Report on vaccination in Madras 1922-1929 - 1922-1929
Year: 1922
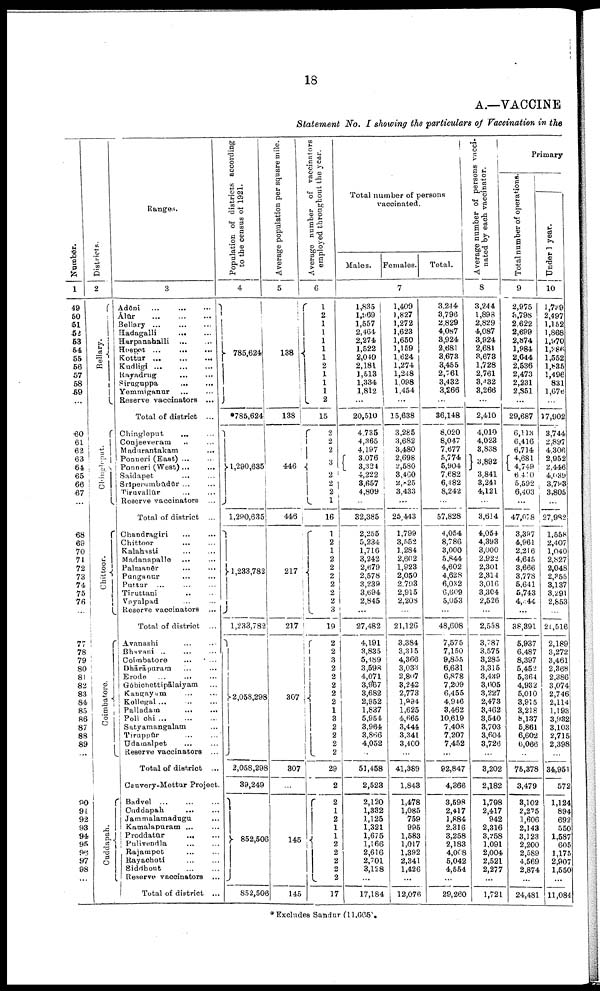
18
A.—VACCINE
Statement No. I showing the particulars of Vaccination in the
Number.
1
49
50
51
52
53
54
55
56
57
58
59
...
60
61
62
63
64
65
66
67
68
69
70
71
72
73
74
75
76
77
78
79
80
81
82
83
84
85
86
87
88
89
...
90
91
92
93
94
95
96
97
98
...
Districts.
2
Bellary.
Chinglput.
Chittoor.
Coimbatore.
Cuddapah.
Ranges.
3
Adōni ... ... ...
Ālūr
...
...
...
Bellary
...
...
...
Hadagalli
...
...
Harpanahalli
...
...
Hospet ...
...
...
Kottur
...
...
...
Kudligi
...
...
...
Rayadrug
...
...
Siruguppa
...
...
Yemmiganur ... ...
Reserve vaccinators ...
Total of district ...
Chingleput
...
...
Conjeeveram ... ...
Madurantakatn
...
Ponneri (East)
...
Ponneri (West)...
...
Saidapet ... ...
Srīperumbūdūr ... ...
Tiruvallūr ... ...
Reserve vaccinators ...
Total of district ...
Chandragiri ... ...
Chittoor ... ...
Kalahasti ... ...
Madanapalle ... ...
Palmanēr
...
...
Punganur ... ...
Puttur ...
...
...
Tiruttani ... ...
Vayalpad ... ...
Reserve vaccinators ...
Total of district ...
Avanashi ... ...
Bhavani ... ...
Coimbatore ... ...
Dhārāpuram ... ...
Erode
...
...
...
Gōbichettipālaiyam ...
Kangayam
...
...
Kollegal ... ...
Palladam
...
...
Pollachi
...
...
...
Satyamangalam ...
Tiruppūr ... ...
Udamalpet ... ...
Reserve vaccinators ...
Total of district ...
Cauvery-Mettur Project.
Badvel
...
...
...
Cuddapah
...
...
Jammalamadugu ...
Kamalapuram ... ...
Proddatūr
...
...
Pulivendla
...
...
Rajampet ... ...
Rayachoti
...
...
Siddhout ... ...
Reserve vaccinators ...
Total of district ...
Population of districts according
to the census of 1921.
4
785,624
*785,624
1,290,635
1,290,635
1,233,782
1,233,782
2,058,298
2,058,298
39,249
852,506
852,506
Average population per square mile.
5
138
138
446
446
217
217
307
307
...
145
145
Average number of vaccinators
employed throughout the year.
6
1
2
1
1
1
1
1
2
1
1
1
2
15
2
2
2
3
2 2
2
1
16
1
2
1
2
2
2
2
2
2 3
19
2
2
3 2
2
2
2
2
1
3
2
2
2
2
29
2
2
1
2
1
1
2
2
2
2
2
17
Total number of persons
vaccinated.
Males. Females.
Total.
7
1,835
1,969
1,557
2,464
2,274
1,522
2,049
2,181
1,513
1,334
1,812
...
20,510
4,735
4,365
4,197
3,076
3,324
4,222
3,657
4,809
...
32,385
2,255
5,234
1,716
3,242
2,679
2,578
3,239
3,694
2,845
...
27,482
4,191
3,835
5,489
3,598
4,071
3,967
3,682
2,952
1,837
5,954
3,964
3,866
4,052
...
51,458
2,523
2,120
1,332
1,125
1,321
1,675
1,166
2,616
2,701
3,128
...
17,184
1,409
1,827
1,272
1,623
1,650
1,159
1,624
1,274
1,248
1,098
1,454
...
15,638
3,285
3,682
3,480
2,698
2,580
3,460
2,825
3,433
...
25,443
1,799
3,552
1,284
2,602
1,923
2,050
2,793
2,915
2,208
...
21,126
3,384
3,315
4,366
3,033
2,807
3,242
2,773
1,994
1,625
4,665
3,444
3,341
3,400
...
41,389
1,843
1,478
1,085
759
995
1,583
1,017
1,392
2,341
1,426
...
12,076
3,244
3,796
2,829
4,087
3,924
2,681
3,673
3,455
2,761
3,432
3,266
...
36,148
8,020
8,047
7,677
5,774
5,904
7,682
6,482
8,242
...
57,828
4,054
8,786
3,000
5,844
4,602
4,628
6,032
6,609
5,053
...
48,608
7,575
7,150
9,855
6,631
6,878
7,209
6,455
4,946
3,462
10,619
7,408
7,207
7,452
...
92,847
4,366
3,598
2,417
1,884
2,316
3,258
2,183
4,008
5,042
4,554
...
29,260
Average number of persons vacci
nated by each vaccinator.
8
3,244
1,898
2,829
4,087
3,924
2,681
3,673
1,728
2,761
3,432
3,266
...
2,410
4,010
4,023
3,838
3,892
3,841
3,241
4,121
...
3,614
4,054
4,393
3,000
2,922
2,301
2,314
3,016
3,304
2,526
...
2,558
3,787
3,575
3,285
3,315
3,439
3,605
3,227
2,473
3,462
3,540
3,703
3,604
3,726
...
3,202
2,182
1,798
2,417
942
2,316
3,258
1,091
2,004
2,521
2,277
...
1,721
Primary
Total number of operations.
9
2,975
3,798
2,622
2,699
2,874
1,984
2,644
2,536
2,473
2,231
2,851
...
29,687
6,113
6,416
6,714
4,681
4,749
6,410
5,592
6,403
...
47,078
3,397
4,961
2,216
4,645
3,666
3,778
6,641
5,743
4,044
...
38,391
5,937
6,487
8,397
5,452
5,364
4,932
5,010
3,915
3,218
8,137
5,861
6,602
6,066
...
75,378
3,479
3,102
2,275
1,606
2,143
3,123
2,200
2,589
4,569
2,874
...
24,481
Under 1 year.
10
1,739
2,497
1,152
1,868
1,970
1,286
1,552
1,835
1,496
831
1,676
...
17,902
3,744
2,897
4,306
2,952
2,446
4,039
3,793
3,805
...
27,982
1,558
2,407
1,040
2,827
2,048
2,355
3,137
3,291
2,853
...
21,516
2,189
3,272
3,461
2,368
2,386
3,074
2,746
2,114
1,193
3,932
3,103
2,715
2,398
...
34,951
572
1,124
894
692
550
1,587
605
1,175
2,907
1,550
...
11,084
*Excludes Sandur (11,665).